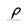
Character: p